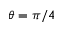
\theta = \pi / 4